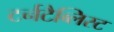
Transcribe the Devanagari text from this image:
टर्नटैब्लिस्ट